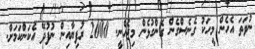
ނުވަތަ އެހެން މީހަކު ގެނެސްގެން ގެންގުޅެން މިޖެހެނީ. 2000 ރުފިޔާއިން ނުފުދޭ އެކަންކަމަށް.